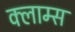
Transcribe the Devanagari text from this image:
क्लाम्स